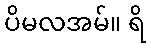
ပိမလအမ်။ ရိ